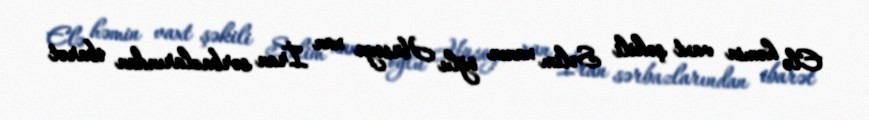
Elə həmin vaxt şəkili Səlim xanın oğlu Hüseyn xan İran sərbazlarından ibarət